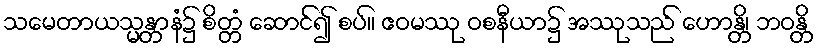
သမေတာယသ္မန္တာနံ၌ စိတ္တံ ဆောင်၍ စပ်။ ဧဝမဿု ဝစနီယာ၌ အဿုသည် ဟောန္တိ၊ ဘဝန္တိ